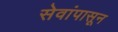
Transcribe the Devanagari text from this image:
सेवांपासून